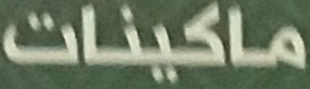
ماكينات